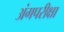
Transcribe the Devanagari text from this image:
अंगपरीक्षा